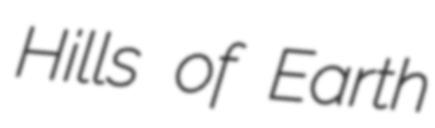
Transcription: Hills of Earth